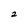
Character: 2